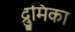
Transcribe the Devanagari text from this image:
द्रुमिका